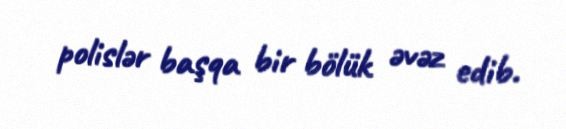
polislər başqa bir bölük əvəz edib.